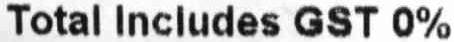
TOTAL INCLUDES GST 0%